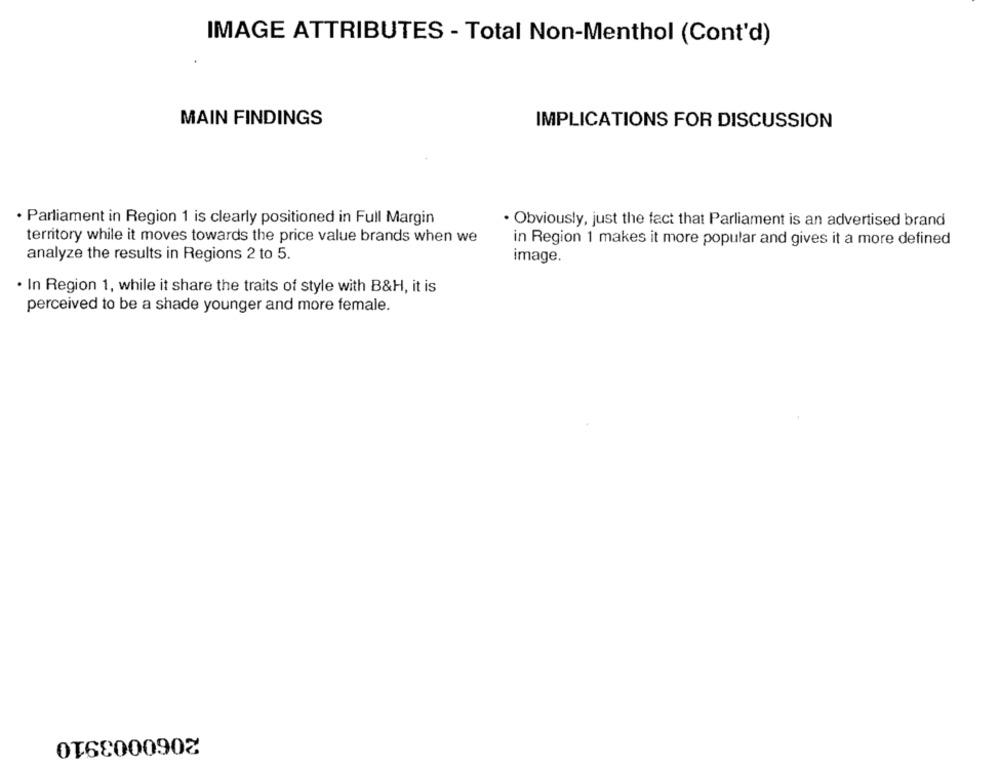
IMAGE ATTRIBUTES - Total Non-Menthol (Cont'd)
MAIN FINDINGS
IMPLICATIONS FOR DISCUSSION
· Parliament in Region 1 is clearly positioned in Full Margin
. Obviously, just the fact that Parliament is an advertised brand
territory while it moves towards the price value brands when we
in Region 1 makes it more popular and gives it a more defined
analyze the results in Regions 2 to 5.
image.
· In Region 1, while it share the traits of style with B&H, it is
perceived to be a shade younger and more female.
2060003910